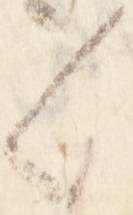
々